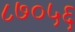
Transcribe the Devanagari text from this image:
८७०५६